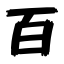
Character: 百